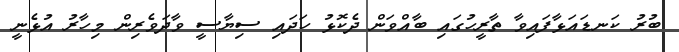
ބުރު ކަނޑައަޅާފައިވާ ތާރީހުގައި ބާއްވަން ދެކޮޅު ހަދައި ސިޔާސީ ވާދަވެރިން މިހާރު އުޅެނީ